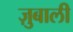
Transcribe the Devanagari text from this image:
ज़ुबाली